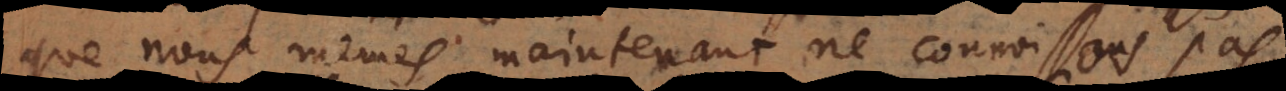
que nous mêmes maintenant ne connoissons pas,